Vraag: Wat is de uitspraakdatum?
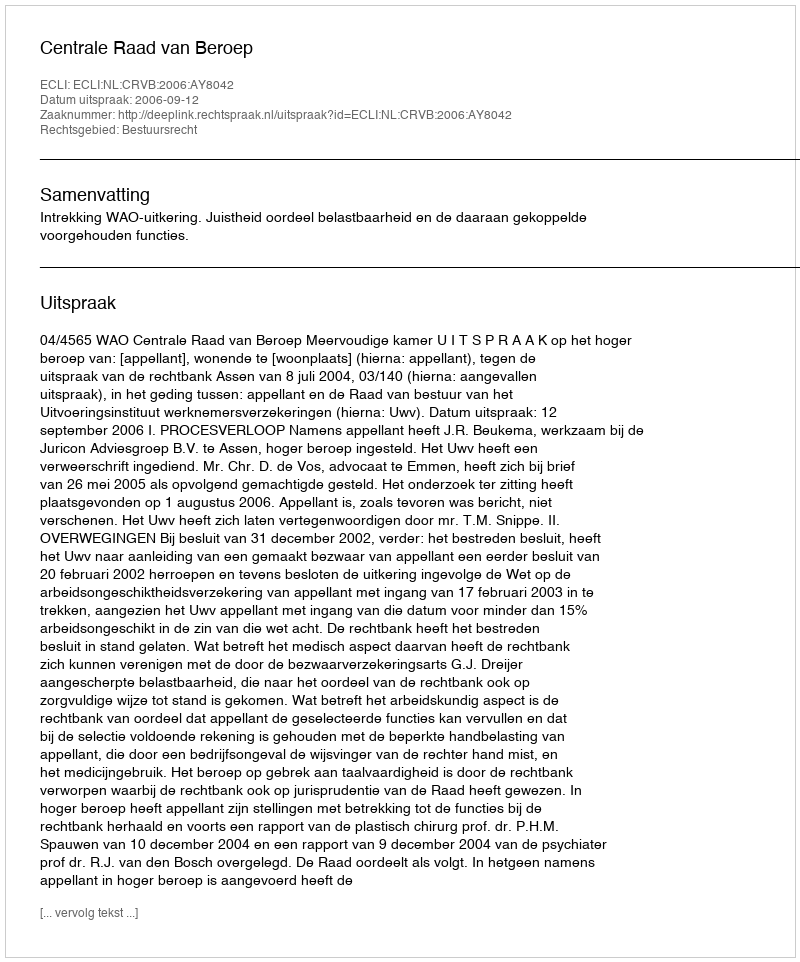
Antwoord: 2006-09-12